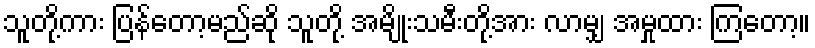
သူတို့ကား ပြန်တော့မည်ဆို သူတို့ အမျိုးသမီးတို့အား လာမျှ အမှုထား ကြတော့။